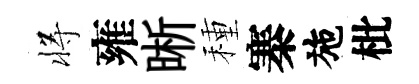
将雍晰種寨施枇